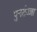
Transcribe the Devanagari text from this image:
पुनर्सज्जा